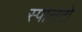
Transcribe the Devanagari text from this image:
स्पोलेटो